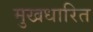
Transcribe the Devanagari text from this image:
मुखधारित